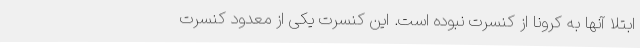
ابتلا آنها به کرونا از کنسرت نبوده است. این کنسرت یکی از معدود کنسرت